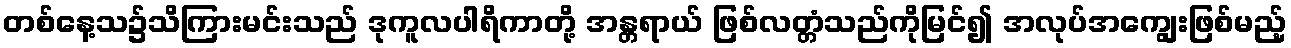
တစ်နေ့သ၌သိကြားမင်းသည် ဒုကူလပါရိကာတို့ အန္တရာယ် ဖြစ်လတ္တံသည်ကိုမြင်၍ အလုပ်အကျွေးဖြစ်မည့်